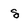
Character: g